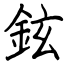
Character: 鉉